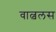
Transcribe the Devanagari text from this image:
वाल्वलस